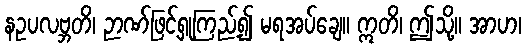
နဥပလဗ္ဘတိ၊ ဉာဏ်ဖြင့်ရှုကြည့်၍ မရအပ်ချေ။ ဣတိ၊ ဤသို့။ အာဟ၊